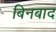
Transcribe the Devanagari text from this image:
बिनबाद